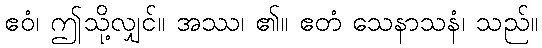
ဧဝံ၊ ဤသို့လျှင်။ အဿ၊ ၏။ ဧတံ သေနာသနံ၊ သည်။